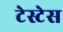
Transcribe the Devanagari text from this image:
टेस्टेस